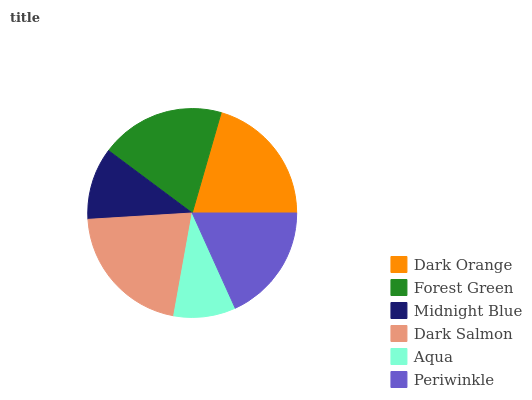
| Dark Orange | Forest Green | Midnight Blue | Dark Salmon | Aqua | Periwinkle |
 | --- | --- | --- | --- | --- | --- |
 | 20.5% | 19.3% | 11.2% | 21.2% | 9.59% | 18.3% |